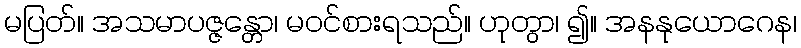
မပြတ်။ အသမာပဇ္ဇန္တော၊ မဝင်စားရသည်။ ဟုတွာ၊ ၍။ အနနုယောဂေန၊